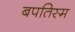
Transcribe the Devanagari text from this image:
बपतिस्म